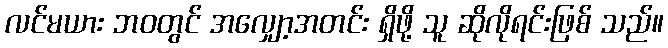
လင်မယား ဘဝတွင် အလျှော့အတင်း ရှိဖို့ သူ ဆိုလိုရင်းဖြစ် သည်။